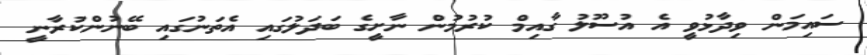
ސައިމަން ވިދާޅުވީ އެ އުސޫލު ގާއިމް ކުރުމުން ނާށީގެ ބަދަލުގައި އެތަނުގައި ބޭނުންކުރާނީ